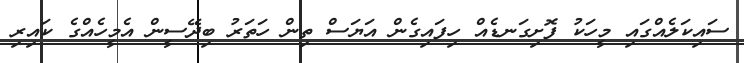
ސައިކަލެއްގައި މީހަކު ފޮށިގަނޑެއް ހިފައިގެން އަޔަސް ތިން ހަތަރު ބިދޭސީން އެމީހެއްގެ ކައިރި